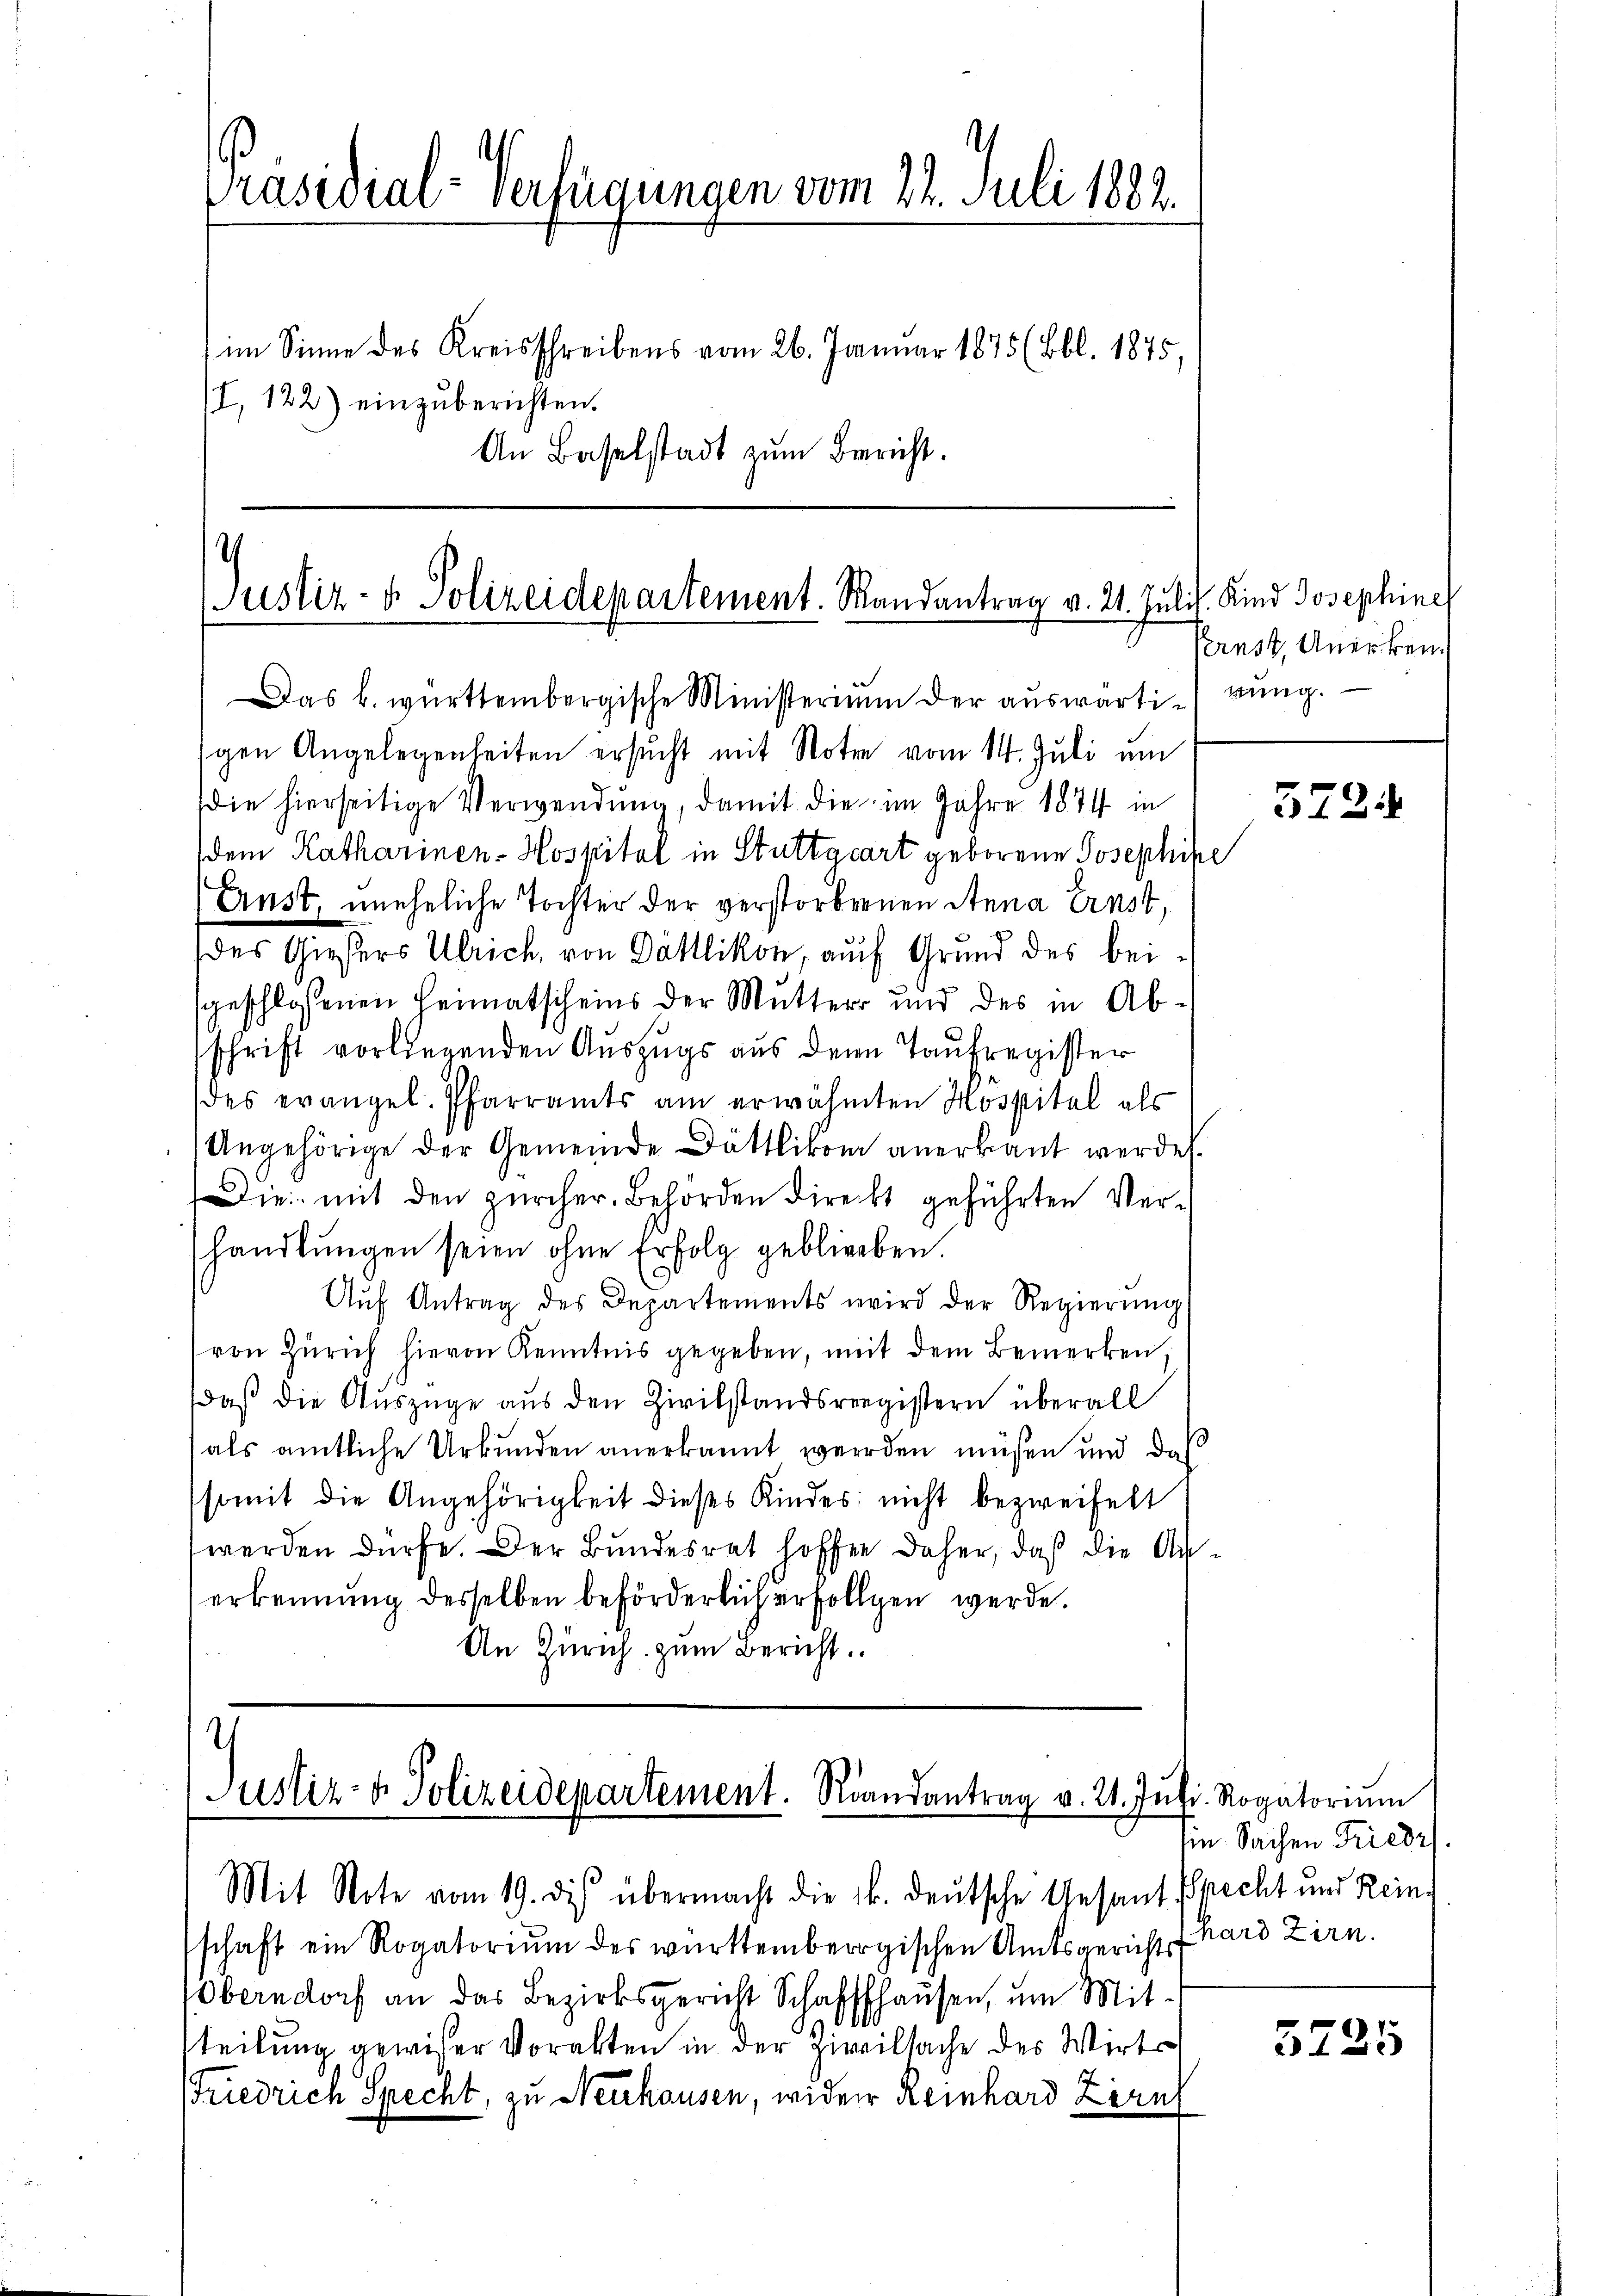
Präsidial-Verfügungen vom 22. Juli 1882.
im Sinne des Kreisschreibens vom 26. Januar 1875 (Bbl. 1875,
II, 122) einzuberichten.
An Baselstadt zum Bericht.

Justiz- & Polizeidepartement. Mandantrag v. 21. Julis. Kind Josephine
Das b. württembergische Ministerium der auswärtirung.

gen Angelegenheiten ersucht mit Note vom 14. Juli um
die hierseitige Verwendung, damit die im Jahre 1874 in
dem Katharinen-Hospital in Stuttgart geborene Josephife
Ernst, uneheliche Tochter der verstorbernen Anna Ernst,
des Giesers Ulrich, von Dättlikon, auf Grund des beisgeschlossenen Heimatscheins der Mutter und des in Abschrift vorliegenden Auszugs aus den Taufregister
des evangel. Pfarramts am erwähnten Hospital als
Angehörige der Gemeinde Dättlikon anerkannt werden.
Die mit den zürcher Behörden direckt geführten Ver-
handlŭngen seien ohne Erfolg geblieben.
Aŭf Antrag des Departements wird der Regierŭng
von Zürich hievon Kenntnis gegeben, mit dem Bemerken,
daß die Auszüge aus den Zivilstandsregistern überall
als amtliche Urkunden anerkannt werden müßen und das
somit die Angehörigkeit dieses Kindes nicht bezweifett
werden dürfe. Der Bundesrat hoffen daher, daß die Anerkennung desselben beförderlich erfolgen werde.
An Zürich zum Bericht.

Justiz- & Polizeidepartement. Randantrag v. 21. Jŭli. Rogatoriŭm
Mit Note vom 19. dis übermacht die k. deutsche Gesant Precht und Rein-

Pernst, Anerkenn

schaft ein Rogatorium des württembergischen Amtsgericht (hard Zirn.
Oberndorf an das Bezirksgericht Schaffhausen, um Mit-
steilung gewiser Vorakten in der zweilsache des Wirts
Friedrich Specht, zu Neuhausen, wider Reinhard Zirnh

5724

sie Sachen Friedr.

5725